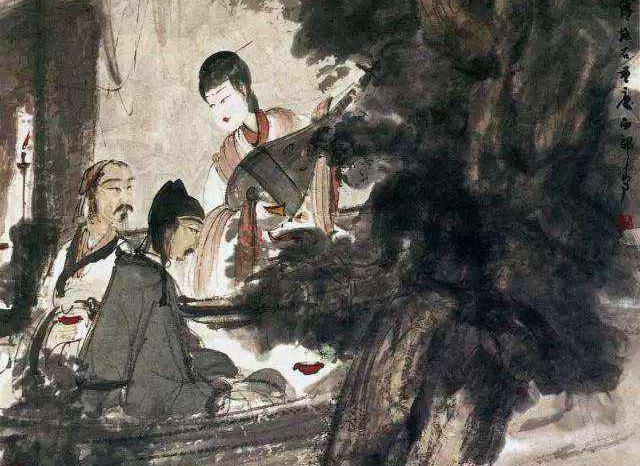
吊影分为千里雁，辞根散作九秋蓬。